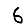
Digit: 6